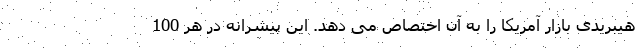
هیبریدی بازار آمریکا را به آن اختصاص می دهد. این پیشرانه در هر 100